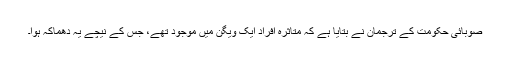
صوبائی حکومت کے ترجمان نے بتایا ہے کہ متاثرہ افراد ایک ویگن میں موجود تھے، جس کے نيچے يہ دھماکہ ہوا۔